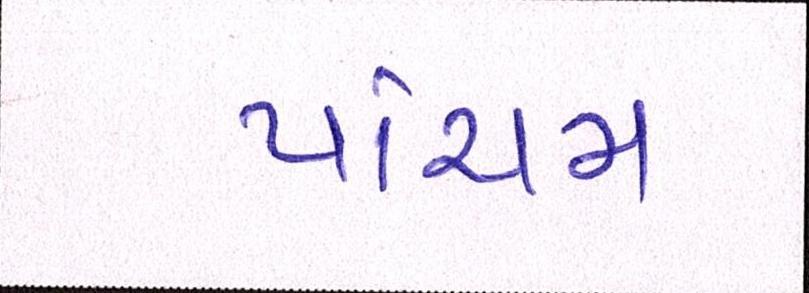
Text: પાંચમ